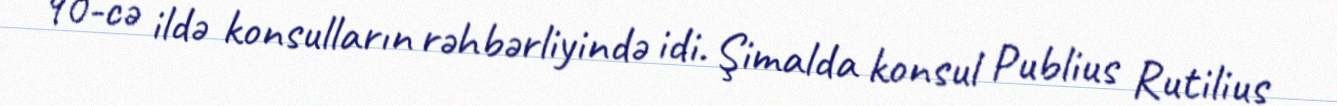
90-cə ildə konsulların rəhbərliyində idi. Şimalda konsul Publius Rutilius